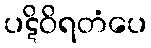
ပဋိဝိရတံပေ